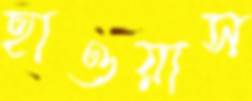
হাওয়াস